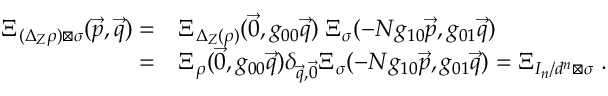
\begin{array} { r l } { \Xi _ { ( \Delta _ { Z } \rho ) \boxtimes \sigma } ( \vec { p } , \vec { q } ) = } & { \Xi _ { \Delta _ { Z } ( \rho ) } ( \vec { 0 } , g _ { 0 0 } \vec { q } ) \; \Xi _ { \sigma } ( - N g _ { 1 0 } \vec { p } , g _ { 0 1 } \vec { q } ) } \\ { = } & { \Xi _ { \rho } ( \vec { 0 } , g _ { 0 0 } \vec { q } ) \delta _ { \vec { q } , \vec { 0 } } \Xi _ { \sigma } ( - N g _ { 1 0 } \vec { p } , g _ { 0 1 } \vec { q } ) = \Xi _ { I _ { n } / d ^ { n } \boxtimes \sigma } \; . } \end{array}